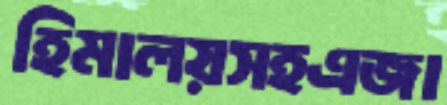
হিমালয়সহএজা